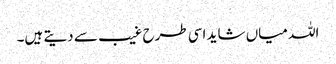
اللہ میاں شاید اسی طرح غیب سے دیتے ہیں۔